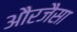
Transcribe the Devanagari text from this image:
औरजैसा